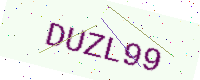
Text: DUZL99